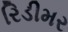
રિડીમર